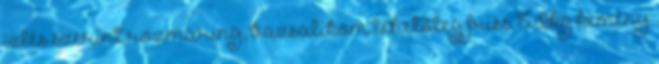
ízlés szerint rozmaring, bazsalikom lehetőleg friss 15 dkg kemény